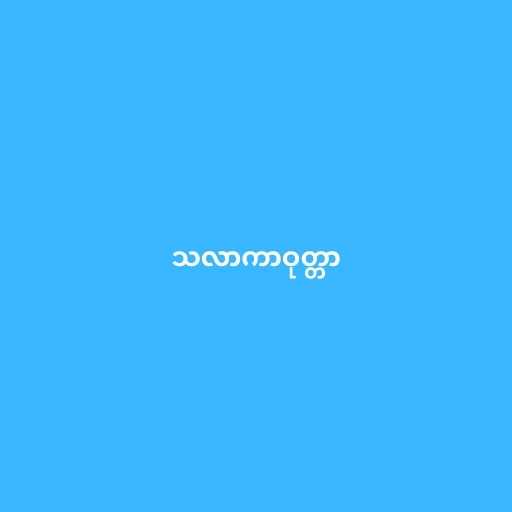
သလာကာဝုတ္တာ